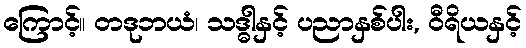
ကြောင့်။ တဒုဘယံ၊ သဒ္ဓါနှင့် ပညာနှစ်ပါး, ဝီရိယနှင့်